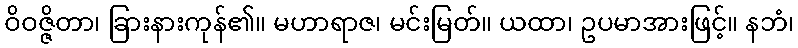
ဝိဝဇ္ဇိတာ၊ ခြားနားကုန်၏။ မဟာရာဇ၊ မင်းမြတ်။ ယထာ၊ ဥပမာအားဖြင့်။ နဘံ၊